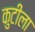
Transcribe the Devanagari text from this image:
कुटीला